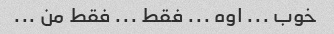
خوب ... اوه ... فقط ... فقط من ...